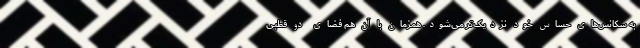
به سکانس‌های حساس خود نزدیک‌تر می‌شود. همزمان با آن هم فضای دو قطبی